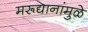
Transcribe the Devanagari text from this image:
मरूद्यानांमुळे